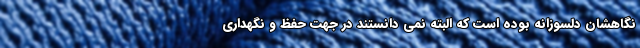
نگاهشان دلسوزانه بوده است که البته نمی دانستند در جهت حفظ و نگهداری